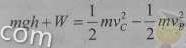
$mgh + W=\frac{1}{2}mv^{2}_{C}-\frac{1}{2}mv^{2}_{B}$